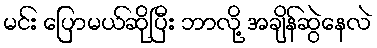
မင်း ပြောမယ်ဆိုပြီး ဘာလို့ အချိန်ဆွဲနေလဲ